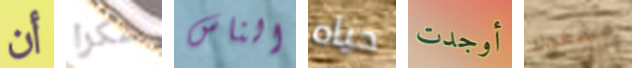
أن شكرا الناس حياه أوجدت مشغولا